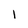
Character: l